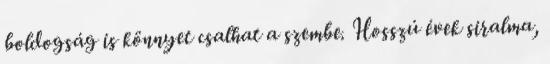
boldogság is könnyet csalhat a szembe. Hosszú évek siralma,